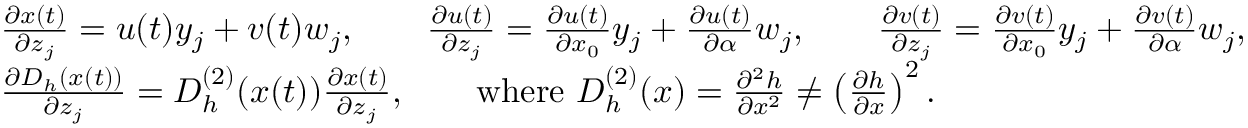
\begin{array} { r l } & { \frac { \partial x ( t ) } { \partial z _ { j } } = u ( t ) y _ { j } + v ( t ) w _ { j } , \qquad \frac { \partial u ( t ) } { \partial z _ { j } } = \frac { \partial u ( t ) } { \partial x _ { 0 } } y _ { j } + \frac { \partial u ( t ) } { \partial \alpha } w _ { j } , \qquad \frac { \partial v ( t ) } { \partial z _ { j } } = \frac { \partial v ( t ) } { \partial x _ { 0 } } y _ { j } + \frac { \partial v ( t ) } { \partial \alpha } w _ { j } , } \\ & { \frac { \partial D _ { h } ( x ( t ) ) } { \partial z _ { j } } = D _ { h } ^ { ( 2 ) } ( x ( t ) ) \frac { \partial x ( t ) } { \partial z _ { j } } , \qquad \mathrm { w h e r e ~ } D _ { h } ^ { ( 2 ) } ( x ) = \frac { \partial ^ { 2 } h } { \partial x ^ { 2 } } \neq \left( \frac { \partial h } { \partial x } \right) ^ { 2 } . } \end{array}